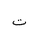
Letter: _ta